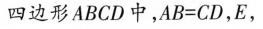
四边形ABCD中，AB=CD，E，